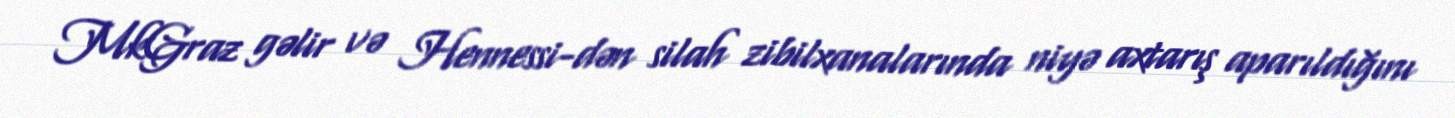
MkGraz gəlir və Hennessi-dən silah zibilxanalarında niyə axtarış aparıldığını